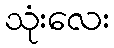
သုံးလေး